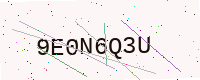
Text: 9E0N6Q3U